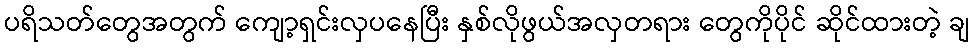
ပရိသတ်တွေအတွက် ကျော့ရှင်းလှပနေပြီး နှစ်လိုဖွယ်အလှတရား တွေကိုပိုင် ဆိုင်ထားတဲ့ ချ